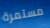
مستمرة